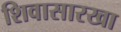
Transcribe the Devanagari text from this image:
शिवासारखा